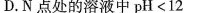
D.N点处的溶液中$$p H < 1 2$$